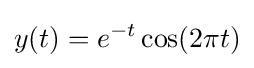
y(t)=e^{-t}\cos(2\pi t)